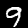
Label: 9